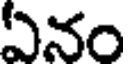
ఏనం